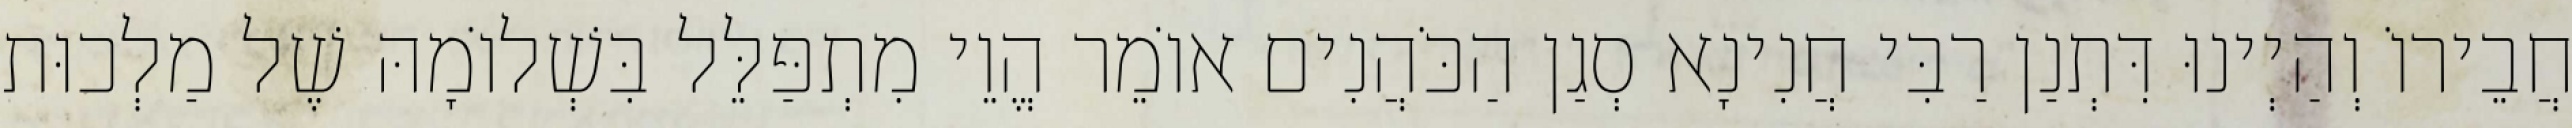
חֲבֵירוֹ וְהַיְינוּ דִּתְנַן רַבִּי חֲנִינָא סְגַן הַכֹּהֲנִים אוֹמֵר הֱוֵי מִתְפַּלֵּל בִּשְׁלוֹמָהּ שֶׁל מַלְכוּת